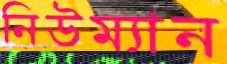
নিউম্যান